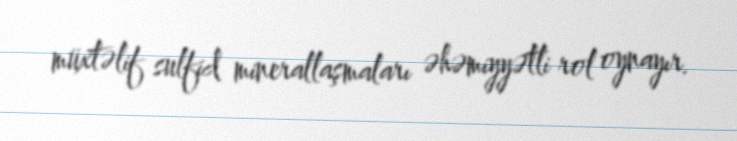
müxtəlif sulfid minerallaşmaları əhəmiyyətli rol oynayır.